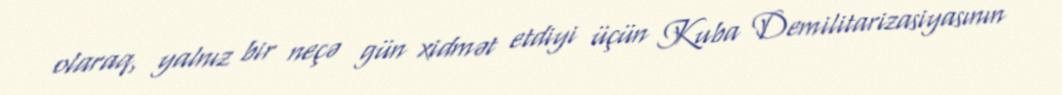
olaraq, yalnız bir neçə gün xidmət etdiyi üçün Kuba Demilitarizasiyasının